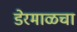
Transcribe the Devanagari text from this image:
डेरमाळचा